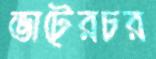
ভাটেরচর